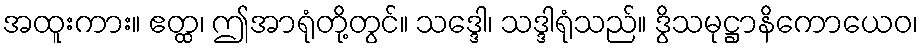
အထူးကား။ ဧတ္ထ၊ ဤအာရုံတို့တွင်။ သဒ္ဒေါ၊ သဒ္ဒါရုံသည်။ ဒွိသမုဋ္ဌာနိကောယေဝ၊